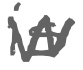
Text: is
Cross-out: zig-zag
Writing tool: digital_gray